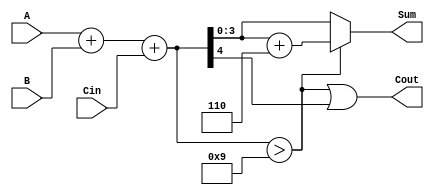
module BCD_Asynchronous_Adder (
    input  wire [3:0] A,      // First BCD digit
    input  wire [3:0] B,      // Second BCD digit
    input  wire Cin,          // Carry input
    output wire [3:0] Sum,    // BCD sum output
    output wire Cout          // Carry output
);

    wire [4:0] binary_sum;      // 5-bit sum to accommodate carry
    wire correction_needed;      // Flag for correction
    wire [4:0] corrected_sum;    // Corrected sum after adding 6

    // Step 1: Binary addition of A, B, and Cin
    assign binary_sum = A + B + Cin;

    // Step 2: Determine if correction is needed
    assign correction_needed = (binary_sum > 9);

    // Step 3: Correct the sum if necessary
    assign corrected_sum = binary_sum + 5'b0110; // Add 6 to correct

    // Step 4: Assign outputs based on correction needed
    assign Sum = correction_needed ? corrected_sum[3:0] : binary_sum[3:0]; // Take lower 4 bits
    assign Cout = correction_needed | binary_sum[4]; // Carry out if correction needed or binary sum has a carry

endmodule